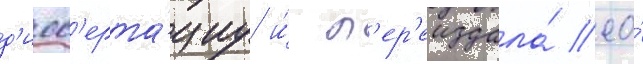
д'исс'ерта́циу и́ п'ер'еиздала́ ео́